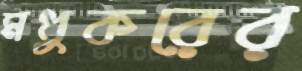
মধুকরের